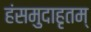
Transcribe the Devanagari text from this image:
हंसमुदाहृतम्